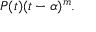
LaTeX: P ( t ) ( t - \alpha ) ^ { m } .